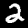
Label: 2